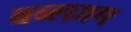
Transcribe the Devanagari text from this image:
बब्लगम